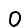
Digit: 0